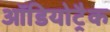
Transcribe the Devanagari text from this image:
ऑडियोट्रैक